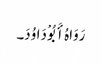
رَوَاہُ أَبُوْ دَاوُدَ۔